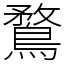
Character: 鶩